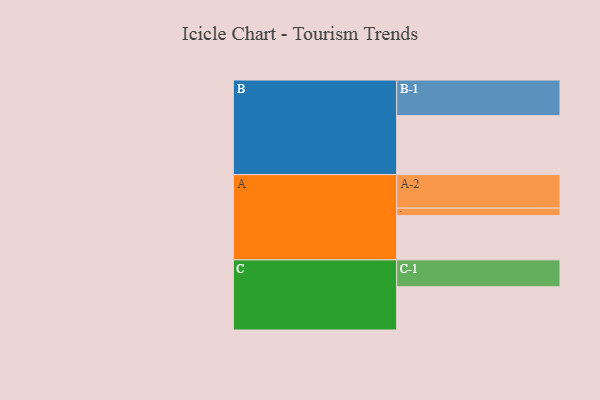
{"axis": {"x": "Segment", "y": "Value"}, "legend": ["", "A", "B", "C"], "data": [{"x": "A", "y": 367, "type": ""}, {"x": "B", "y": 489, "type": ""}, {"x": "C", "y": 358, "type": ""}, {"x": "A-1", "y": 62, "type": "A"}, {"x": "A-2", "y": 278, "type": "A"}, {"x": "B-1", "y": 296, "type": "B"}, {"x": "C-1", "y": 224, "type": "C"}]}